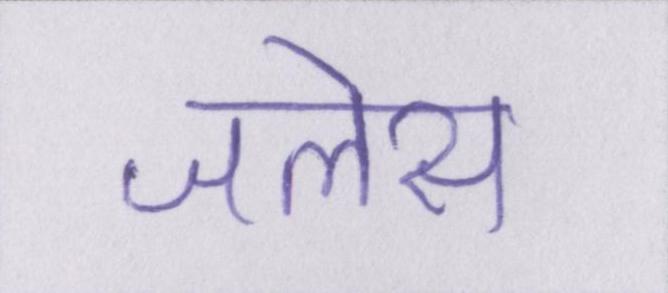
जलेस